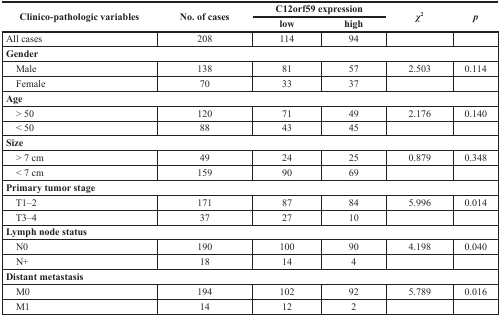
| <ROWSPAN=2> Clinico-pathologic variables | <ROWSPAN=2> No. of cases | <COLSPAN=2> C12orf59 expression | <ROWSPAN=2> χ2 | <ROWSPAN=2> p |
 | low | high |
 | --- | --- | --- | --- | --- | --- |
 | All cases | 208 | 114 | 94 |  |  |
 | <COLSPAN=6> Gender |
 | Male | 138 | 81 | 57 | 2.503 | 0.114 |
 | Female | 70 | 33 | 37 |  |  |
 | <COLSPAN=6> Age |
 | > 50 | 120 | 71 | 49 | 2.176 | 0.140 |
 | < 50 | 88 | 43 | 45 |  |  |
 | <COLSPAN=6> Size |
 | > 7 cm | 49 | 24 | 25 | 0.879 | 0.348 |
 | < 7 cm | 159 | 90 | 69 |  |  |
 | <COLSPAN=6> Primary tumor stage |
 | T1–2 | 171 | 87 | 84 | 5.996 | 0.014 |
 | T3–4 | 37 | 27 | 10 |  |  |
 | <COLSPAN=6> Lymph node status |
 | N0 | 190 | 100 | 90 | 4.198 | 0.040 |
 | N+ | 18 | 14 | 4 |  |  |
 | <COLSPAN=6> Distant metastasis |
 | M0 | 194 | 102 | 92 | 5.789 | 0.016 |
 | M1 | 14 | 12 | 2 |  |  |